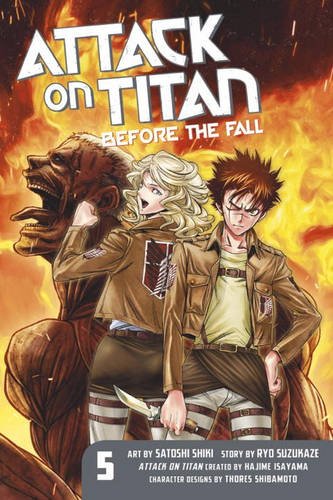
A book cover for Attack on Titan: Before the Fall 5; Ryo Suzukaze; Comics & Graphic Novels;